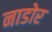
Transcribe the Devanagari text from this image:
नाडोर